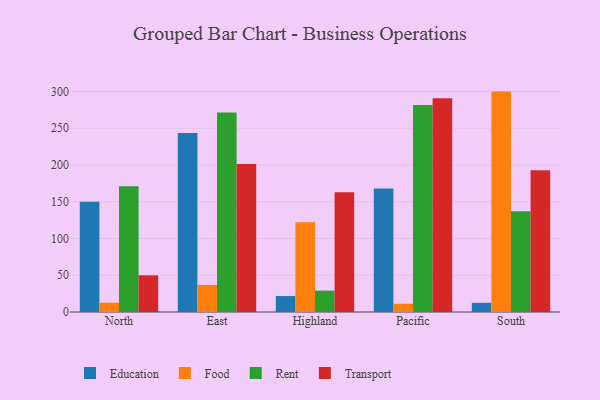
{"axis": {"x": "Region", "y": "Website Visitors"}, "legend": ["Education", "Food", "Rent", "Transport"], "data": [{"x": "North", "y": 150.1, "type": "Education"}, {"x": "North", "y": 12.7, "type": "Food"}, {"x": "North", "y": 171.1, "type": "Rent"}, {"x": "North", "y": 49.9, "type": "Transport"}, {"x": "East", "y": 243.6, "type": "Education"}, {"x": "East", "y": 36.8, "type": "Food"}, {"x": "East", "y": 271.5, "type": "Rent"}, {"x": "East", "y": 201.5, "type": "Transport"}, {"x": "Highland", "y": 21.7, "type": "Education"}, {"x": "Highland", "y": 122.0, "type": "Food"}, {"x": "Highland", "y": 29.1, "type": "Rent"}, {"x": "Highland", "y": 162.9, "type": "Transport"}, {"x": "Pacific", "y": 168.2, "type": "Education"}, {"x": "Pacific", "y": 11.2, "type": "Food"}, {"x": "Pacific", "y": 281.7, "type": "Rent"}, {"x": "Pacific", "y": 290.8, "type": "Transport"}, {"x": "South", "y": 12.5, "type": "Education"}, {"x": "South", "y": 299.9, "type": "Food"}, {"x": "South", "y": 137.2, "type": "Rent"}, {"x": "South", "y": 192.9, "type": "Transport"}]}